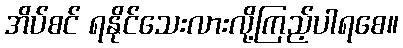
အိပ်စင် ရနိုင်သေးလားလို့ကြည့်ပါရစေ။